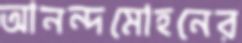
আনন্দমোহনের